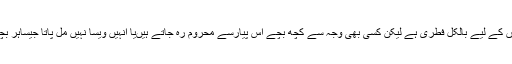
والدین کا پیار بچوں کے لیے بالکل فطری ہے لیکن کسی بھی وجہ سے کچھ بچے اس پیارسے محروم رہ جاتے ہیںیا انہیں ویسا نہیں مل پاتا جیساہر بچے کو ملنا چاہیے۔